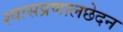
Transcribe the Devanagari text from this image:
श्वासप्रणालछेदन